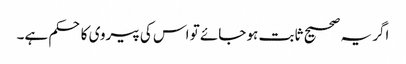
اگر یہ صحیح ثابت ہو جائے تو اس کی پیروی کا حکم ہے۔